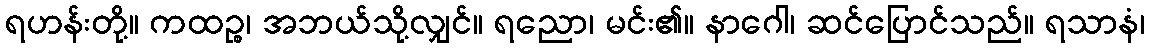
ရဟန်းတို့။ ကထဉ္စ၊ အဘယ်သို့လျှင်။ ရညော၊ မင်း၏။ နာဂေါ၊ ဆင်ပြောင်သည်။ ရသာနံ၊